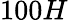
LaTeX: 100H